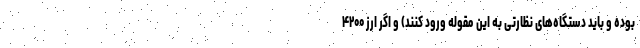
بوده و باید دستگاه‌های نظارتی به این مقوله ورود کنند) و اگر ارز ۴۲۰۰